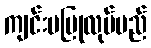
ကျင်းပပြုလုပ်မည်